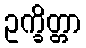
ဥက္ခိတ္တာ